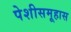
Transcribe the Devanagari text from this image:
पेशीसमूहास